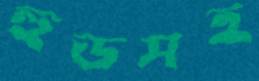
হুডসহ